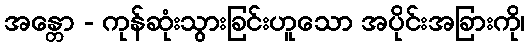
အန္တော - ကုန်ဆုံးသွားခြင်းဟူသော အပိုင်းအခြားကို၊